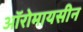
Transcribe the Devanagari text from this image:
ऑरोमायसीन